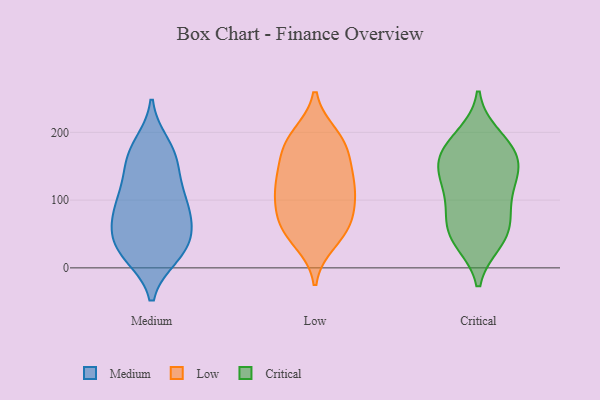
{"axis": {"x": "Website Visitors", "y": "Value"}, "legend": ["Critical", "Low", "Medium"], "data": [{"x": "", "y": 47, "type": "Medium"}, {"x": "", "y": 161, "type": "Medium"}, {"x": "", "y": 18, "type": "Medium"}, {"x": "", "y": 42, "type": "Medium"}, {"x": "", "y": 175, "type": "Medium"}, {"x": "", "y": 182, "type": "Medium"}, {"x": "", "y": 19, "type": "Medium"}, {"x": "", "y": 33, "type": "Medium"}, {"x": "", "y": 59, "type": "Medium"}, {"x": "", "y": 109, "type": "Medium"}, {"x": "", "y": 108, "type": "Medium"}, {"x": "", "y": 19, "type": "Medium"}, {"x": "", "y": 88, "type": "Medium"}, {"x": "", "y": 139, "type": "Medium"}, {"x": "", "y": 98, "type": "Medium"}, {"x": "", "y": 76, "type": "Medium"}, {"x": "", "y": 72, "type": "Medium"}, {"x": "", "y": 157, "type": "Medium"}, {"x": "", "y": 72, "type": "Low"}, {"x": "", "y": 151, "type": "Low"}, {"x": "", "y": 125, "type": "Low"}, {"x": "", "y": 39, "type": "Low"}, {"x": "", "y": 118, "type": "Low"}, {"x": "", "y": 173, "type": "Low"}, {"x": "", "y": 107, "type": "Low"}, {"x": "", "y": 133, "type": "Low"}, {"x": "", "y": 73, "type": "Low"}, {"x": "", "y": 52, "type": "Low"}, {"x": "", "y": 101, "type": "Low"}, {"x": "", "y": 182, "type": "Low"}, {"x": "", "y": 189, "type": "Low"}, {"x": "", "y": 195, "type": "Low"}, {"x": "", "y": 59, "type": "Low"}, {"x": "", "y": 143, "type": "Critical"}, {"x": "", "y": 136, "type": "Critical"}, {"x": "", "y": 53, "type": "Critical"}, {"x": "", "y": 77, "type": "Critical"}, {"x": "", "y": 194, "type": "Critical"}, {"x": "", "y": 106, "type": "Critical"}, {"x": "", "y": 40, "type": "Critical"}, {"x": "", "y": 174, "type": "Critical"}, {"x": "", "y": 39, "type": "Critical"}, {"x": "", "y": 135, "type": "Critical"}, {"x": "", "y": 59, "type": "Critical"}, {"x": "", "y": 154, "type": "Critical"}, {"x": "", "y": 97, "type": "Critical"}, {"x": "", "y": 183, "type": "Critical"}, {"x": "", "y": 167, "type": "Critical"}]}